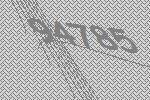
94785